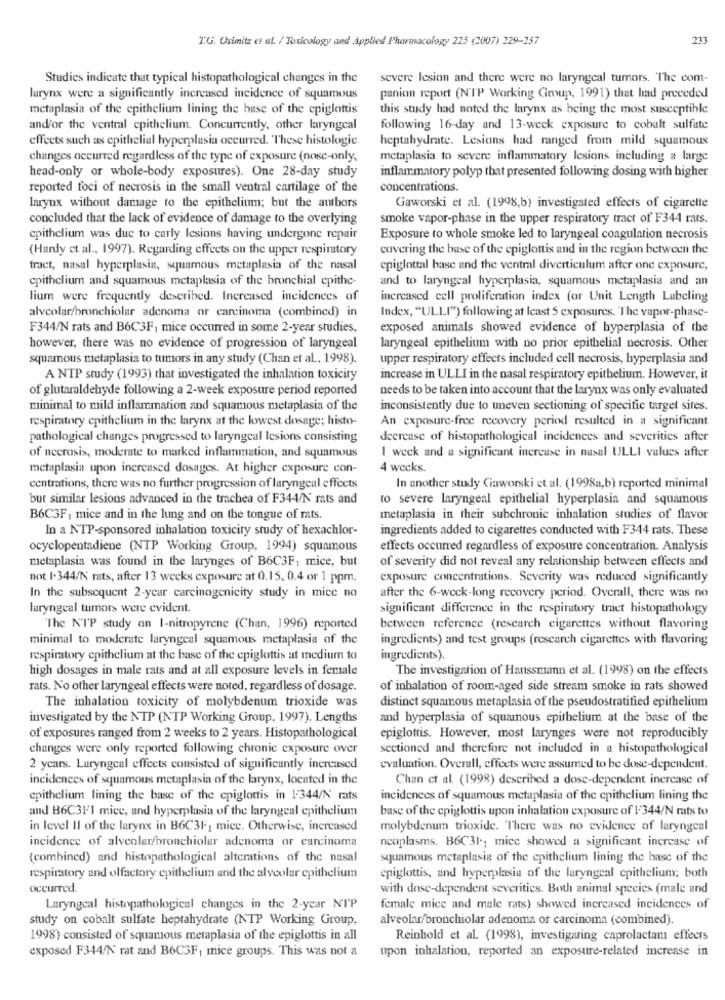
T.G. Usimitz et al. / Toxicology and Applied Pharmacology 225 (2007) 329-357
233
Studies indicate that typical histopathological changes in the
severe Icsion and there were no laryngeal tumors. The com-
larynx were a significantly increased incidence of squamous
panion report (NTP Working Group, 1991) that had preceded
metaplasia of the epithelium lining the base of the cpiglottis
this study had noted the larynx as being the most susceptible
and/or the ventral epithelium. Concurrently, other laryngeal
following 16-day and 13-weck exposure to cobalt sulfate
effects such as epithelial hyperplasia occurred. These histologie
heptahydrate. Lesions had ranged from mild squamous
changes occurred regardless of the type of exposure (nosc-only,
metaplasia to severe inflammatory Icsions including a large
head-only or whole-body exposures). One 28-day study
inflammatory polyp that presented following dosing with higher
reported foci of necrosis in the small ventral cartilage of the
concentrations.
larynx without damage to the epithelium; but the authors
Gaworski et al. (1998,b) investigated effects of cigarette
concluded that the lack of evidence of damage to the overlying
smoke vapor-phase in the upper respiratory tract of F344 rats.
epithelium was due to carly lesions having undergone repair
Exposure to whole smoke led to laryngeal coagulation necrosis
(Hardy et al ., 1997). Regarding effects on the upper respiratory
covering the base of the epiglottis and in the region between the
tract, nasal hyperplasia, squamous metaplasia of the nasal
cpiglottal base and the ventral diverticulum after one exposure,
epithelium and squamous metaplasia of the bronchial cpithe-
and to laryngeal hyperplasia, squamous metaplasia and an
lium were frequently described. Increased incidences of
increased cell proliferation index (or Unit Length Labeling
alveolar/bronchiolar adenoma or carcinoma (combined) in
Index, "ULLI") following at least 5 exposures. The vapor-phase-
F344/N rats and B6C3F, mice occurred in some 2-year studies,
exposed animals showed evidence of hyperplasia of the
however, there was no evidence of progression of laryngeal
laryngeal epithelium with no prior epithelial necrosis. Other
squamous metaplasia to tumors in any study (Chan et al ., 1998).
upper respiratory effects included cell necrosis, hyperplasia and
A NTP study (1993) that investigated the inhalation toxicity
increase in ULLI in the nasal respiratory epithelium. However, it
of glutaraldehyde following a 2-week exposure period reported
needs to be taken into account that the larynx was only evaluated
minimal to mild inflammation and squamous metaplasia of the
inconsistently due to uneven sectioning of specific target sites.
respiratory epithelium in the larynx at the lowest dosage; histo-
An exposure-free recovery period resulted in a significant
pathological changes progressed to laryngeal Icsions consisting
decrease of histopathological incidences and severities after
of necrosis, moderate to marked inflammation, and squamous
I week and a significant increase in nasal ULLI values after
metaplasia upon increased dosages. At higher exposure con-
4 wecks.
centrations, there was no further progression of laryngeal effects
In another study Ciaworski et al. (1998a,b) reported minimal
bur similar lesions advanced in the trachea of F344/N rats and
to severe laryngeal epithelial hyperplasia and squamous
B6C3F, mice and in the lung and on the tongue of rats.
metaplasia in their subchronic inhalation studies of flavor
In a NTP-sponsored inhalation toxicity study of hexachlor-
ingredients added to cigarettes conducted with F344 rats. These
ocyclopentadiene (NTP Working Group, 1994) squamous
effects occurred regardless of exposure concentration. Analysis
metaplasia was found in the larynges of B6C3F, mice, but
of severity did not reveal any relationship between effects and
not I.344/N rats, after 13 weeks exposure at 0.15. 0.4 or 1 ppm.
exposure concentrations. Severity was reduced significantly
In the subsequent 2-year carcinogenicity study in mice no
after the 6-week-long recovery period. Overall, there was no
laryngeal tumors were evident.
significant difference in the respiratory tract histopathology
"The NTP study on I-nitropyrene (Chan, 1996) reported
between reference (rescarch cigarettes without flavoring
minimal to moderate laryngeal squamous metaplasia of the
ingredients) and test groups (research cigarettes with flavoring
respiratory epithelium at the base of the epiglottis at medium to
ingredients).
high dosages in male rats and at all exposure levels in female
The investigation of Haussmann et al. (1998) on the effects
rats. No other laryngeal effects were noted, regardless of dosage.
of inhalation of room-aged side stream smoke in rats showed
distinct squamous metaplasia of the pseudostratified epithelium
The inhalation toxicity of molybdenum trioxide was
investigated by the NTP (NTP Working Group, 1997). Lengths
and hyperplasia of squamous epithelium at the base of the
of exposures ranged from 2 weeks to 2 years. Histopathological
epiglottis. However, most larynges were not reproducibly
changes were only reported following chronic exposure over
sectioned and therefore not included in a histopathological
2 years. Laryngeal effects consisted of significantly increased
evaluation. Overall, effects were assumed to be dose-dependent.
incidences of squamous metaplasia of the larynx, located in the
Chan ct al. (1998) described a dose-dependent inercase of
epithelium lining the base of the cpiglottis in 1-344/N rats
incidenecs of squamous metaplasia of the epithelium lining the
and B6C3FI mice, and hyperplasia of the laryngeal epithelium
base of the cpiglottis upon inhalation exposure of 1'344/N rats to
in level Il of the larynx in B6C3F, mice. Otherwise, increased
molybdenum trioxide. There was no evidence of laryngeal
incidence of alveolar/bronchiolar adenoma or carcinoma
ncoplasms. B6C31-1 mice showed a significant increase of
(combined) and histopathological alterations of the nasal
squamous metaplasia of the epithelium lining the base of the
respiratory and olfactory epithelium and the alveolar epithelium
cpiglottis, and hyperplasia of the laryngeal epithelium; both
occurred.
with dose-dependent severities. Both animal species (male and
Laryngeal histopathological changes in the 2-year NIP
female mice and male rats) showed increased incidences of
study on cobalt sulfate heptahydrate (NTP Working Group,
alveolar/bronchiolar adenoma or carcinoma (combined).
1998) consisted of squamous metaplasia of the epiglottis in all
Reinhold et al. (1998), investigaring caprolactam effects
exposed F344/N rat and B6C3F, mice groups. This was not a
upon inhalation, reported an exposure-related increase in